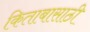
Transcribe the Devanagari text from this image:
किताबासाठी